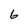
Character: 6